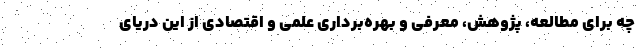
چه برای مطالعه، پژوهش، معرفی و بهره‌برداری علمی و اقتصادی از این دریای